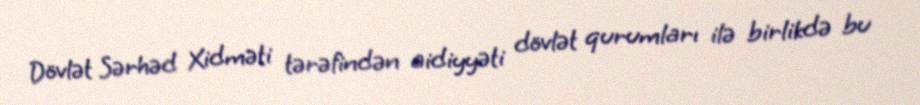
Dövlət Sərhəd Xidməti tərəfindən aidiyyəti dövlət qurumları ilə birlikdə bu